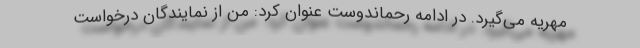
مهریه می‌گیرد. در ادامه رحماندوست عنوان کرد: من از نمایندگان درخواست